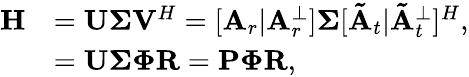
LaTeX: \begin{array}{rl}{\mathbf{H}}&{=\mathbf{U}\mathbf{\Sigma}\mathbf{V}^{H}=[\mathbf{A}_{r}|\mathbf{A}_{r}^{\perp}]\mathbf{\Sigma}[\mathbf{\tilde{A}}_{t}|\mathbf{\tilde{A}}_{t}^{\perp}]^{H},}\\ &{=\mathbf{U}\mathbf{\Sigma}\mathbf{\Phi}\mathbf{R}=\mathbf{P}\mathbf{\Phi}\mathbf{R},}\end{array}